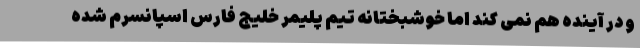
و در آینده هم نمی کند اما خوشبختانه تیم پلیمر خلیج فارس اسپانسرم شده